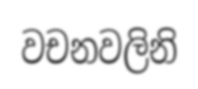
වචනවලිනි